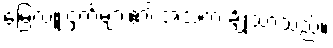
မြေလူးငှက်များ၏ အသံက ချိုသာသည်။